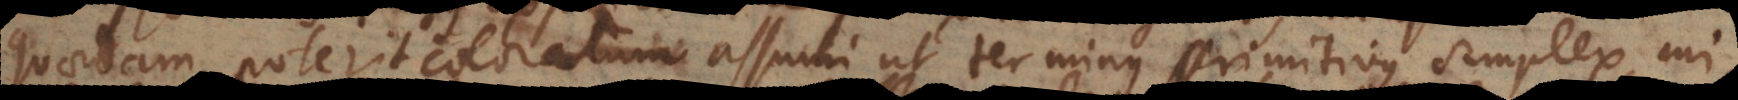
quaedam, poterit coloratum assumi ut terminus primitivus simplex, cui